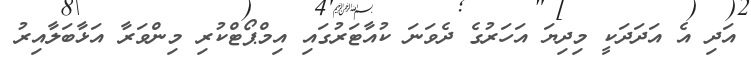
އަދި އެ އަދަދަކީ މިދިޔަ އަހަރުގެ ދެވަނަ ކުއާޓަރުގައި އިމްޕޯޓްކުރި މިންވަރާ އަޅާބަލާއިރު